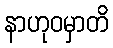
နာဟုဝမှာတိ